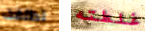
تطلقت غلطته